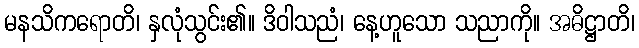
မနသိကရောတိ၊ နှလုံသွင်း၏။ ဒိဝါသညံ၊ နေ့ဟူသော သညာကို။ အဓိဋ္ဌာတိ၊